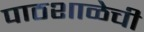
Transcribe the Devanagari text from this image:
पाठशाळेची